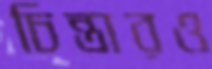
চিন্তারও